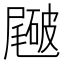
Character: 𥖑